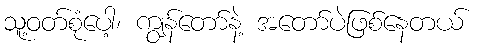
သူ့ဝတ်စုံပေါ့၊ ကျွန်တော်နဲ့ အတော်ပဲဖြစ်နေတယ်